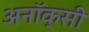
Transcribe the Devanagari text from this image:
अनॉक्सी